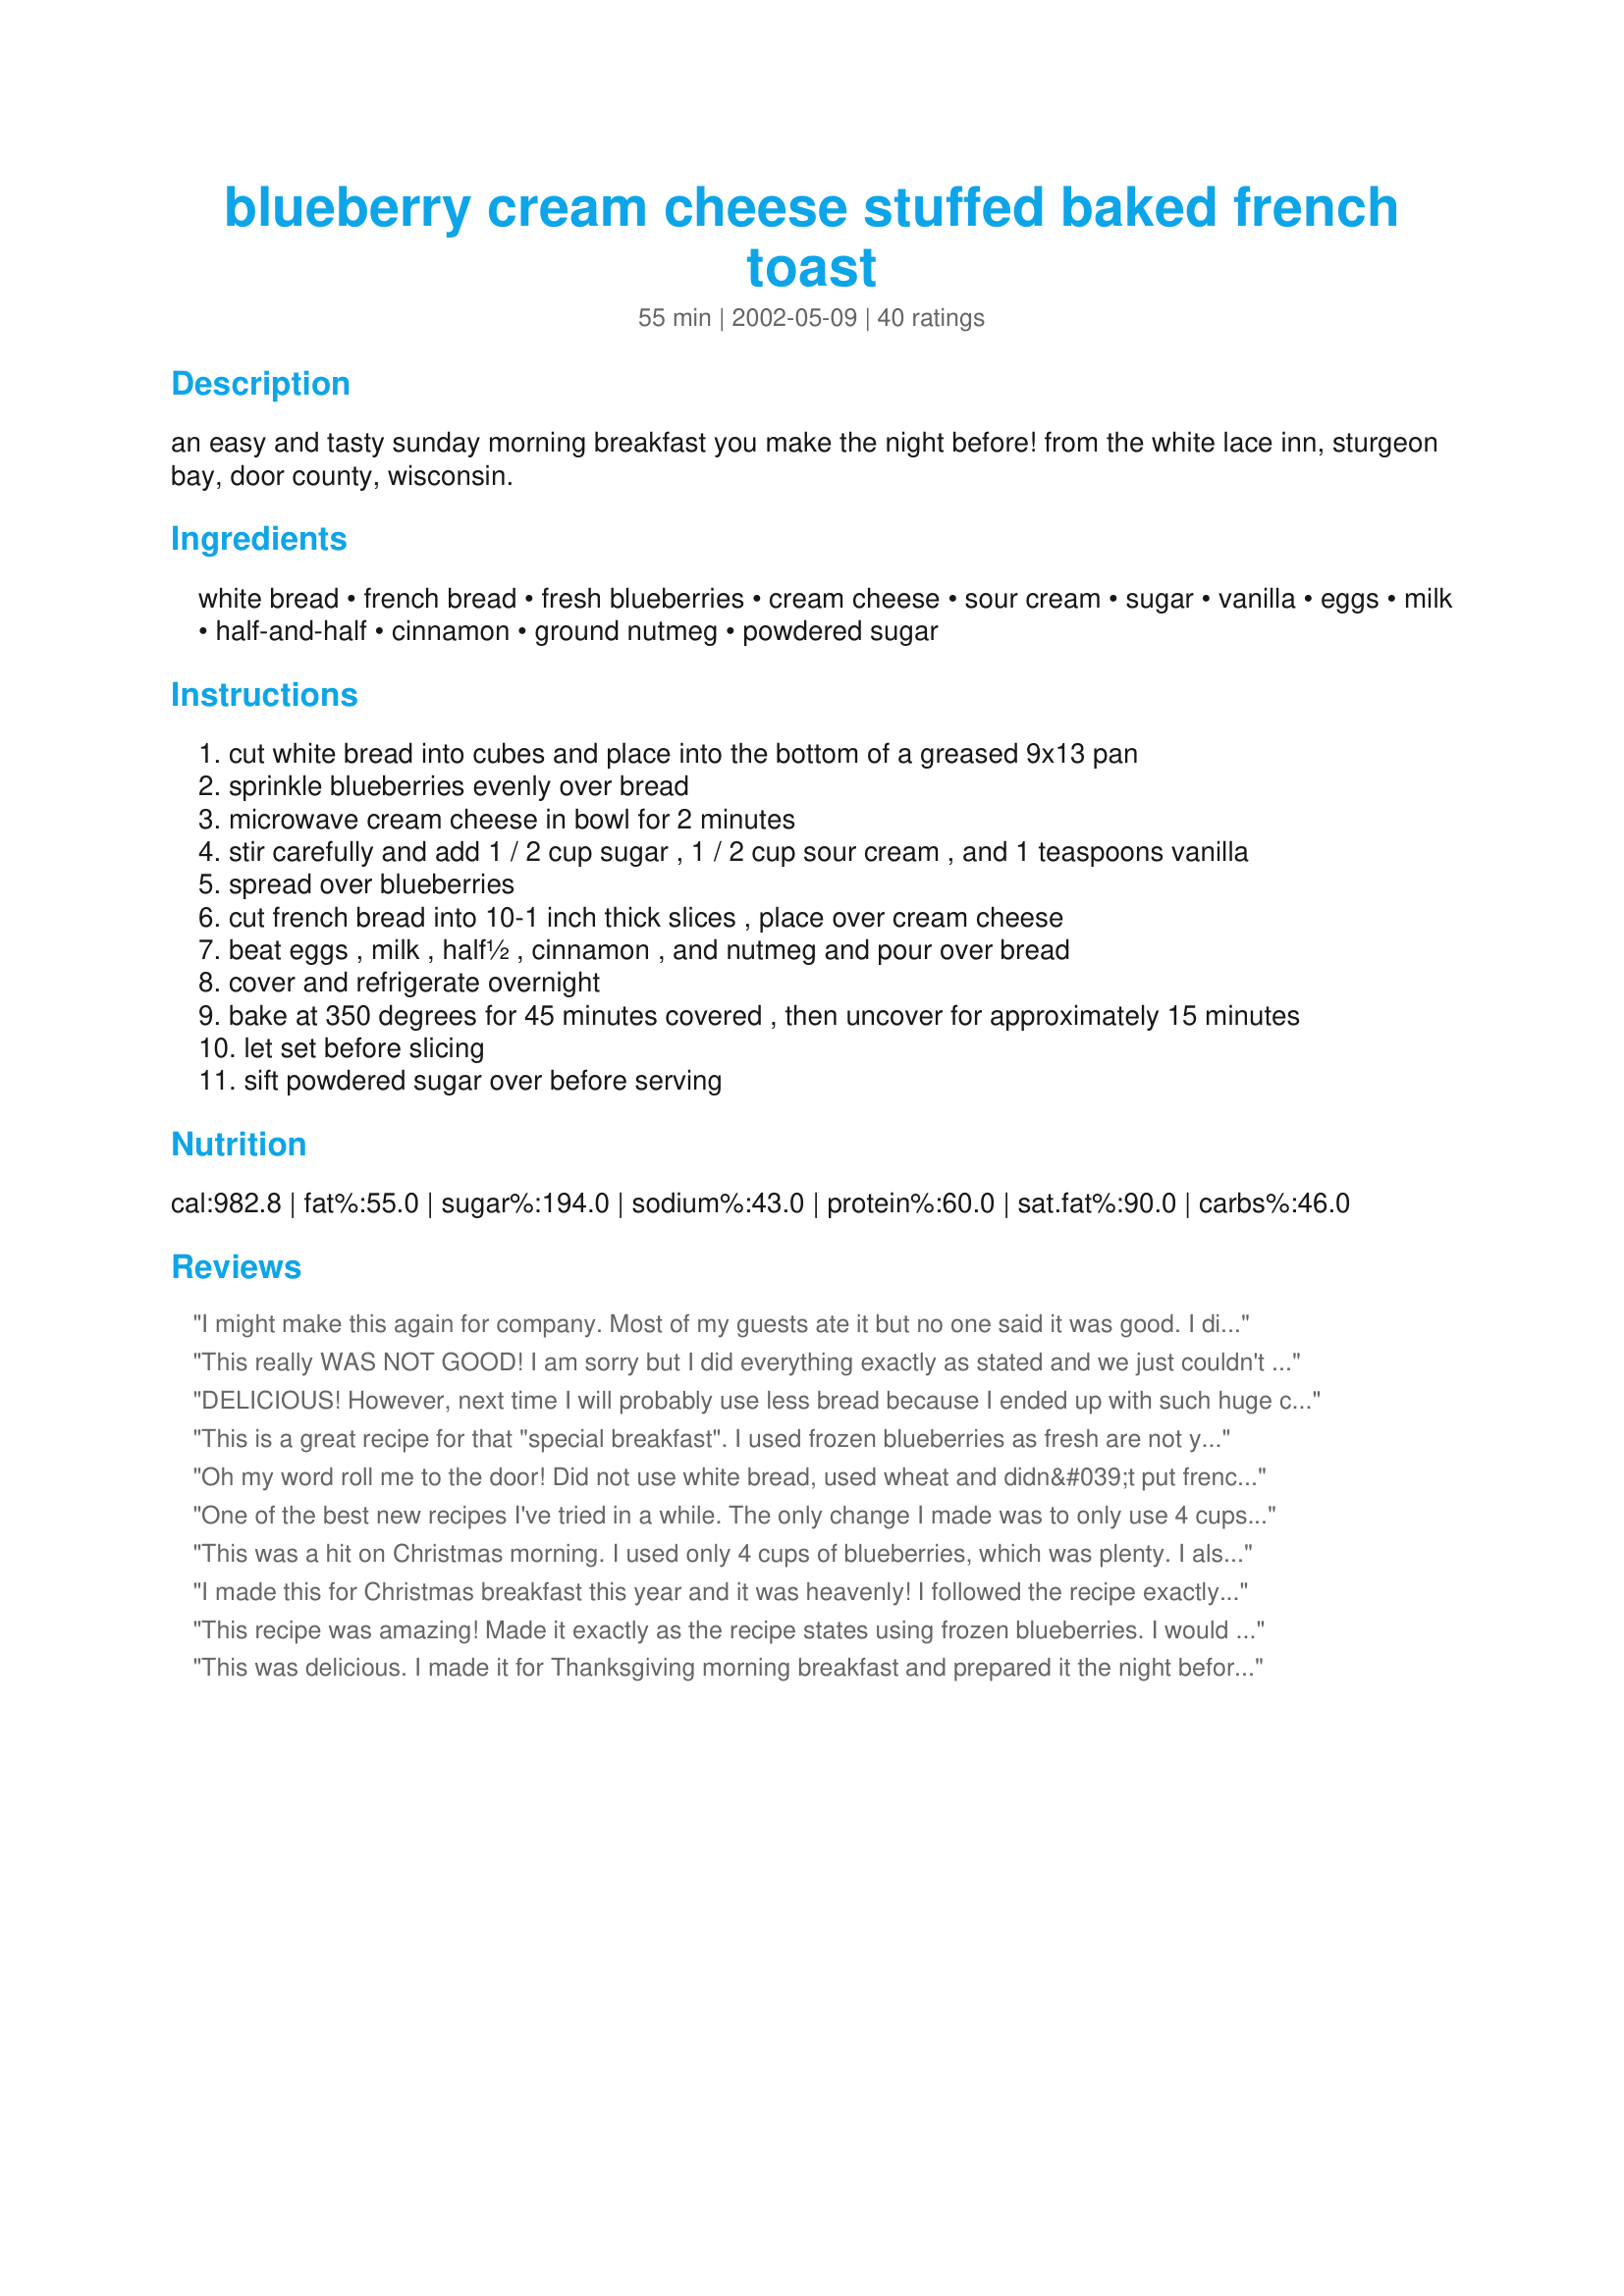
blueberry cream cheese stuffed baked french toast
Preparation time: 55 minutes

an easy and tasty sunday morning breakfast you make the night before!

from the white lace inn, sturgeon bay, door county, wisconsin.

Ingredients:
white bread, french bread, fresh blueberries, cream cheese, sour cream, sugar, vanilla, eggs, milk, half-and-half, cinnamon, ground nutmeg, powdered sugar

Steps:
cut white bread into cubes and place into the bottom of a greased 9x13 pan
sprinkle blueberries evenly over bread
microwave cream cheese in bowl for 2 minutes
stir carefully and add 1 / 2 cup sugar , 1 / 2 cup sour cream , and 1 teaspoons vanilla
spread over blueberries
cut french bread into 10-1 inch thick slices , place over cream cheese
beat eggs , milk , half&half , cinnamon , and nutmeg and pour over bread
cover and refrigerate overnight
bake at 350 degrees for 45 minutes covered , then uncover for approximately 15 minutes
let set before slicing
sift powdered sugar over before serving

Reviews:
I might make this again for company. Most of my guests ate it but no one said it was good. I did alter it a lot, though. To accomodate all the healthier guests I used fat-free cream cheese for the cream cheese, vanilla yogurt for the sour cream, and evaporated skim milk for the half-and-half. I used 4 cups of frozen blueberries rather than 6.
This really WAS NOT GOOD! I am sorry but I did everything exactly as stated and we just couldn't eat it. I had to put it in the garbage. Thanks anyway!
DELICIOUS! However, next time I will probably use less bread because I ended up with such huge chunks.
This is a great recipe for that "special breakfast". I used frozen blueberries as fresh are not yet in season. Make sure you let it set (I would suggest 10-15 minutes) or it will not look pretty when you serve it. This is one french toast that doesn't need any of that bottled syrup.
Oh my word roll me to the door! Did not use white bread, used wheat and didn&#039;t put french bread, I took 4 wheat and sliced for top and used pie filling blue berries , I rinsed them a little on man its a keeper.
One of the best new recipes I've tried in a while. The only change I made was to only use 4 cups of blueberries. It was very easy to make, too.
This was a hit on Christmas morning. I used only 4 cups of blueberries, which was plenty. I also subbed lowfat yogurt for the sour cream. This was easy to prepare and bake, thanks!
I made this for Christmas breakfast this year and it was heavenly! I followed the recipe exactly except that I didn't have enough frozen blueberries, so I added frozen peaches to the mix.
This recipe was amazing! Made it exactly as the recipe states using frozen blueberries. I would definitely make this again!! Only thing I might try differently is to make a cream cheese drizzle to serve on top.
This was delicious. I made it for Thanksgiving morning breakfast and prepared it the night before. I used on large package of frozen blueberries and it was plenty. I was going to add frozen raspberries but it would have been too much.

Thank you.
I'm going against the majority here - - I did not like this dish. The cream cheese/sour cream/sugar mixture got overwhelmed somewhere and we really didn't taste that those were added. Also, after the first layer of bread, everything was mush - - I'd imagine like a bread pudding. The title "French Toast" is misleading. I expected some of the familiar tastes and textures from French Toast to be in this dish and they weren't. Overall, it just came off as pretty bland and mushy. I can't say I'd make it again or recommend it. But, clearly I'm the only one that thinks so so don't let my review stop you from trying this - - you may like it!
This was one of the best make-ahead breakfasts my family has enjoyed. We made it for Christmas morning along with other things and everyone wished we had made more. Will be making it for New Year's day as well. A Keeper!!
This is going in my special occasion breakfast book. Really easy to make the night before and simple to pop in the oven. I used mixed berries instead of the blue berries and thicker french bread, but all the rest was the same and delicious! Hubby loved it!
This is definately something that you would get at a fancy restaurant. I served it to company and they kept eating and rolling their eye with pleasure. I did change a few thing - used 12 grain bread, a 16oz. bag of big blueberries, fat-free cream cheese, splenda, skim milk and fat free evaporated skimmed milk for the 1/2 & 1/2. I did mess-up and forgot to cover it from the beginning so it needed to baked a little longer. Next time I'll do it right. Thanks for a real treat.
I followed this recipe exactly and it turned out terribly. Gross flavor and aroma. Yuk. I wish I could give it zero stars.
Sooooo good. Didn't change a thing, but I agree that you should let it set for a while before you dish it out. If you didn't like it, and thought you would by the ingredients, then you must have done something wrong...
Holy Moly! This was amazing. We had this for New Year's breakfast and it was wonderful. Nothing but raves all around. I followed the recipe to a tee and I wouldn't change a thing. I saw someone said it was too sweet and we didn't think so at all. And we don't like super sweet things....we thought it was perfect. Thanks!
I made this (as written other than subbing mixed berries for the blueberries) as part of Christmas brunch. Despite being very pretty it was the last to go and some people commented that it was too sweet. I may make it again for a potluck or some such as it was so easy to put together
This was great! I even baked it the morning I made it. I did not have any blueberries so I omitted them and only used white sandwich bread. I knew it might not turn out at all but took the risk. I am glad I did! I did add a little nutmeg since I didn't use the berries and left it covered the whole cooking time. I can't wait to make it as directed, it will be even better!
This was a great make ahead breakfast! I used a whole package of frozen blueberries but the package was only about 3 cups, not 6. It was still great. (I think 6 cups would have caused my batter to spill out of the pan anyway)I made my own homemade bread and french bread. I will be adding this to my "Tuesday Morning Breakfast" public cookbook, thanks for sharing!
Found last minute that I didn't have sufficient blueberries - and as it was Christmas Eve - could not run to the store. A quick substitution of a can of apple pie filling and extra cinnnamon in the cheese mixture produced a WINNING recipe and NEW family favorite. This was delicious!!
I made this for a party I had in my home...nobody ate it and the left-overs got really soggy. It was rather expensive to make so I don't think I'll be making it again (not to mention, insanely bad for you!). Thanks for posting though, it's always fun to try a new recipe...I live in Wisconsin and am very familiar with Door County.
Oh this is so good! We do Sunday morning breakfast every week and this will definitely be a repeat. I used frozen blueberries and didn't bother cutting the crusts off the bread. Just a sprinkle of powdered sugar and it's perfect.
I made this twice this summer with fresh blueberries. It is SO GOOD! I did make a few changes to use what I had without a trip to the store. I left crusts on the bread and used a variety of partial loaves I had out, some raisen bread that was too dry to eat plain, some leftover sourdough and some regular sandwich bread. I had cream, no half and half, so used 1 cup cream and 2 cups milk. We used maple syrup instead of topping with powdered sugar. My kids loved this so much. Yesterday, I made it again using apples instead of blueberries. It too, was yummy. I used 6 cups of Granny Smith apples and sprinkled them with about 1/2 cup of sugar and 1 tsp of cinnamon. Next time I will use a softer apple as they held their texture too well and we would have liked it better a little less "crunchy". I'm also going to try it with apples and blueberries (to make my frozen winter stash of berries go farther) We'll be creating new versions of this wonderful breakfast for a very long time. Thank you so much.
Yummy! This was something just a bit different for our Sunday School Breakfast. At least 10 people asked for the recipe. The next time I'll mix my blueberries with a 1/2 cup of sugar and see how that does. I thought about bringing some blueberry syrup but it truly didn't need any topping but the powdered sugar. GREAT recipe -Thanks!
This was really good and my coworkers loved it. I decreased the blueberries to around two cups and that was plenty, but what a great and different kind of breakfast item to take for a get together. YUM. I want to try it with strawberries. Bet that will be great, too.
Absolutely wonderful!
This recipe is delicious, and gets extra points for being very easy! I used reduced-fat cream cheese, light sour cream and skim milk and it was still decadent. Next time, I think I&#039;ll try a little lemon zest in the filling--think it might make it even better. Powdered sugar is a must, as is letting it cool off and sit for 15 minutes (as Indiana Debbie noted). It tastes better and is much easier to serve.
I made this for Mother's Day and it is quite good. I used California Style Complete Protein bread (low carb)instead of the French or white bread. I also used Organic cherry pie filling sweetened with cane sugar, as suggested by the other reviewer, thus eliminating the need for sugar. Healthier and more delicious each day it sits in the frig, (recipe makes alot!!).
This was delicious! I made it exactly as directed, except I used 6 cups of frozen raspberries instead of blueberries. This made it tarter, but was still sweet enough to not need to add dashes of maple syrup to the finished dish.
Love this recipe but it does take some time. I started mixing up the blueberry mix and putting it over regular french toast, real hit.
I have made this recipe many times over and I just love it. I always cut the recipe in half and put in an 8 x 8 pan and use frozen blueberries. I tried it once with fresh blueberries and I just felt that the frozen kind held their shape better. I have yet to put powdered sugar on top as I can never remember and now my family requests it that way.
This was a wonderful treat, although a bit too sweet to have very often! My husband and I like to make special breakfasts on Sundays, and this recipe is a keeper. I used homemade bread and didn't have enough blueberries, I think next time I will try a mix of blueberries and rasperries or strawberries. Thanks for the treat!
I really have to re-review this wonderful dish. As I am now living in Finland, I think this would be wonderful made with finnish sweet bun loaf called "pulla", which is flavored with cardamom, instead of using bread. Also I would substitute the cream cheese with quark. The blueberries really need some sugar if not using blueberry pie filling. Great recipe!
This recipe was fantastic! Thank you so much for posting!
This was pretty good. There are several changes I would make to it next time. I really liked the crunchy French bread on the top, but felt there was too much white bread and too many blueberries. I would probably eliminate the white bread, 1/2 the blueberries, and maybe up the cream cheese mixture, which I guess would kind of make it a different recipe. Thanks for the starting point though.
Awesome recipe! The only changes I made were reducing the amount of Blueberries down to four cups & using Blueberry cream cheese which made more sense to me. It was so delicious & very filling. Doesn't take much to really fill you up. This is a restaurant quality dish. Powdered sugar topping isn't necessary. No syrup needed either. It's perfect as is. Best recipe in my arsenal. You must try this!!!!!
Thanks for the great recipe.Due to the ice storm I decided to try something new. This recipe is the ticket. I was not able to get out for fresh berries so I used Blueberry pie filling and omitted the sugars. Perfect for a cold morning. I did take more baking time. Next time I will take it out of the frig. and let sit at room temp. for awhile. Definetly a keeper!
This was absolutely TDF. I would have to say one of my favorite recipes on Zaar. It is a little time consuming, but it comes together very easily and the fact that it is make ahead--makes it easy on the cook. Most definately company worthy and restaurant quality. The one problem I had(frozen blueberries)was that I didnt cover some of them well enough with the cream cheese mixture and I think that they over cooked a tad(but just those few)I served this with individual ramekins of piping hot maple syrup on the plate for dipping or pouring---EXCELLENT--Thank you, PeggyLynn

Modified for lower cost/calories: Blueberries were too expensive right now so I made it with frozen strawberries instead (about $5), low fat half and half, light sour cream, and light white bread and it STILL came out amazing with probably half the calories. The pictures are pretty accurate. It's sweet, but is supposed to be. We ate it with sausage patties and honestly, next time I might just cook the sausage into crumbles and put it in the middle with the fruit. Sound crazy? It was awesome together so why not?
